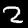
Digit: 2